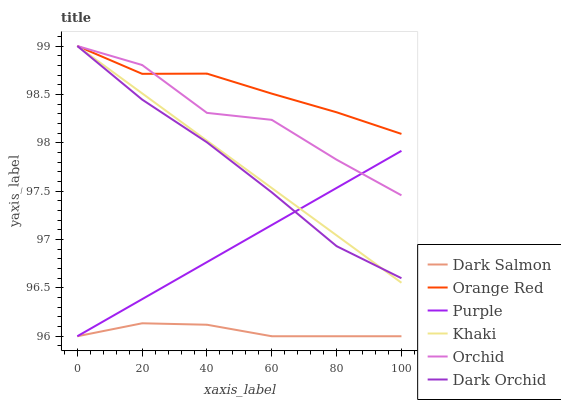
| xaxis_label | Dark Salmon | Orange Red | Purple | Khaki | Orchid | Dark Orchid |
 | --- | --- | --- | --- | --- | --- | --- |
 | 0 | 96 | 99 | 96 | 99 | 99 | 99 |
 | 20 | 96.1 | 98.7 | 96.4 | 98.5 | 98.8 | 98.4 |
 | 40 | 96.1 | 98.7 | 96.8 | 98 | 98.3 | 98 |
 | 60 | 96 | 98.5 | 97.1 | 97.5 | 98.2 | 97.5 |
 | 80 | 96 | 98.3 | 97.5 | 97 | 97.8 | 96.9 |
 | 100 | 96 | 98.1 | 97.9 | 96.6 | 97.5 | 96.6 |